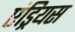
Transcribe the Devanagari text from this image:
एंड्रियस